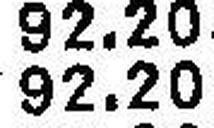
92.20